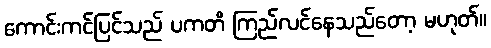
ကောင်းကင်ပြင်သည် ပကတိ ကြည်လင်နေသည်တော့ မဟုတ်။